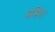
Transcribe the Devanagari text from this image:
मसिअ